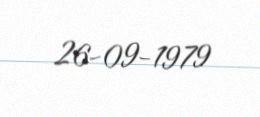
26-09-1979